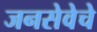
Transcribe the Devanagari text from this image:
जनसेवेचे